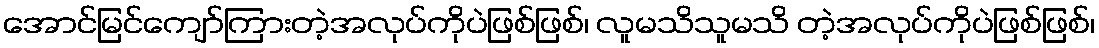
အောင်မြင်ကျော်ကြားတဲ့အလုပ်ကိုပဲဖြစ်ဖြစ်၊ လူမသိသူမသိ တဲ့အလုပ်ကိုပဲဖြစ်ဖြစ်၊